Leningradi_Edasi_toimetus, lk 111
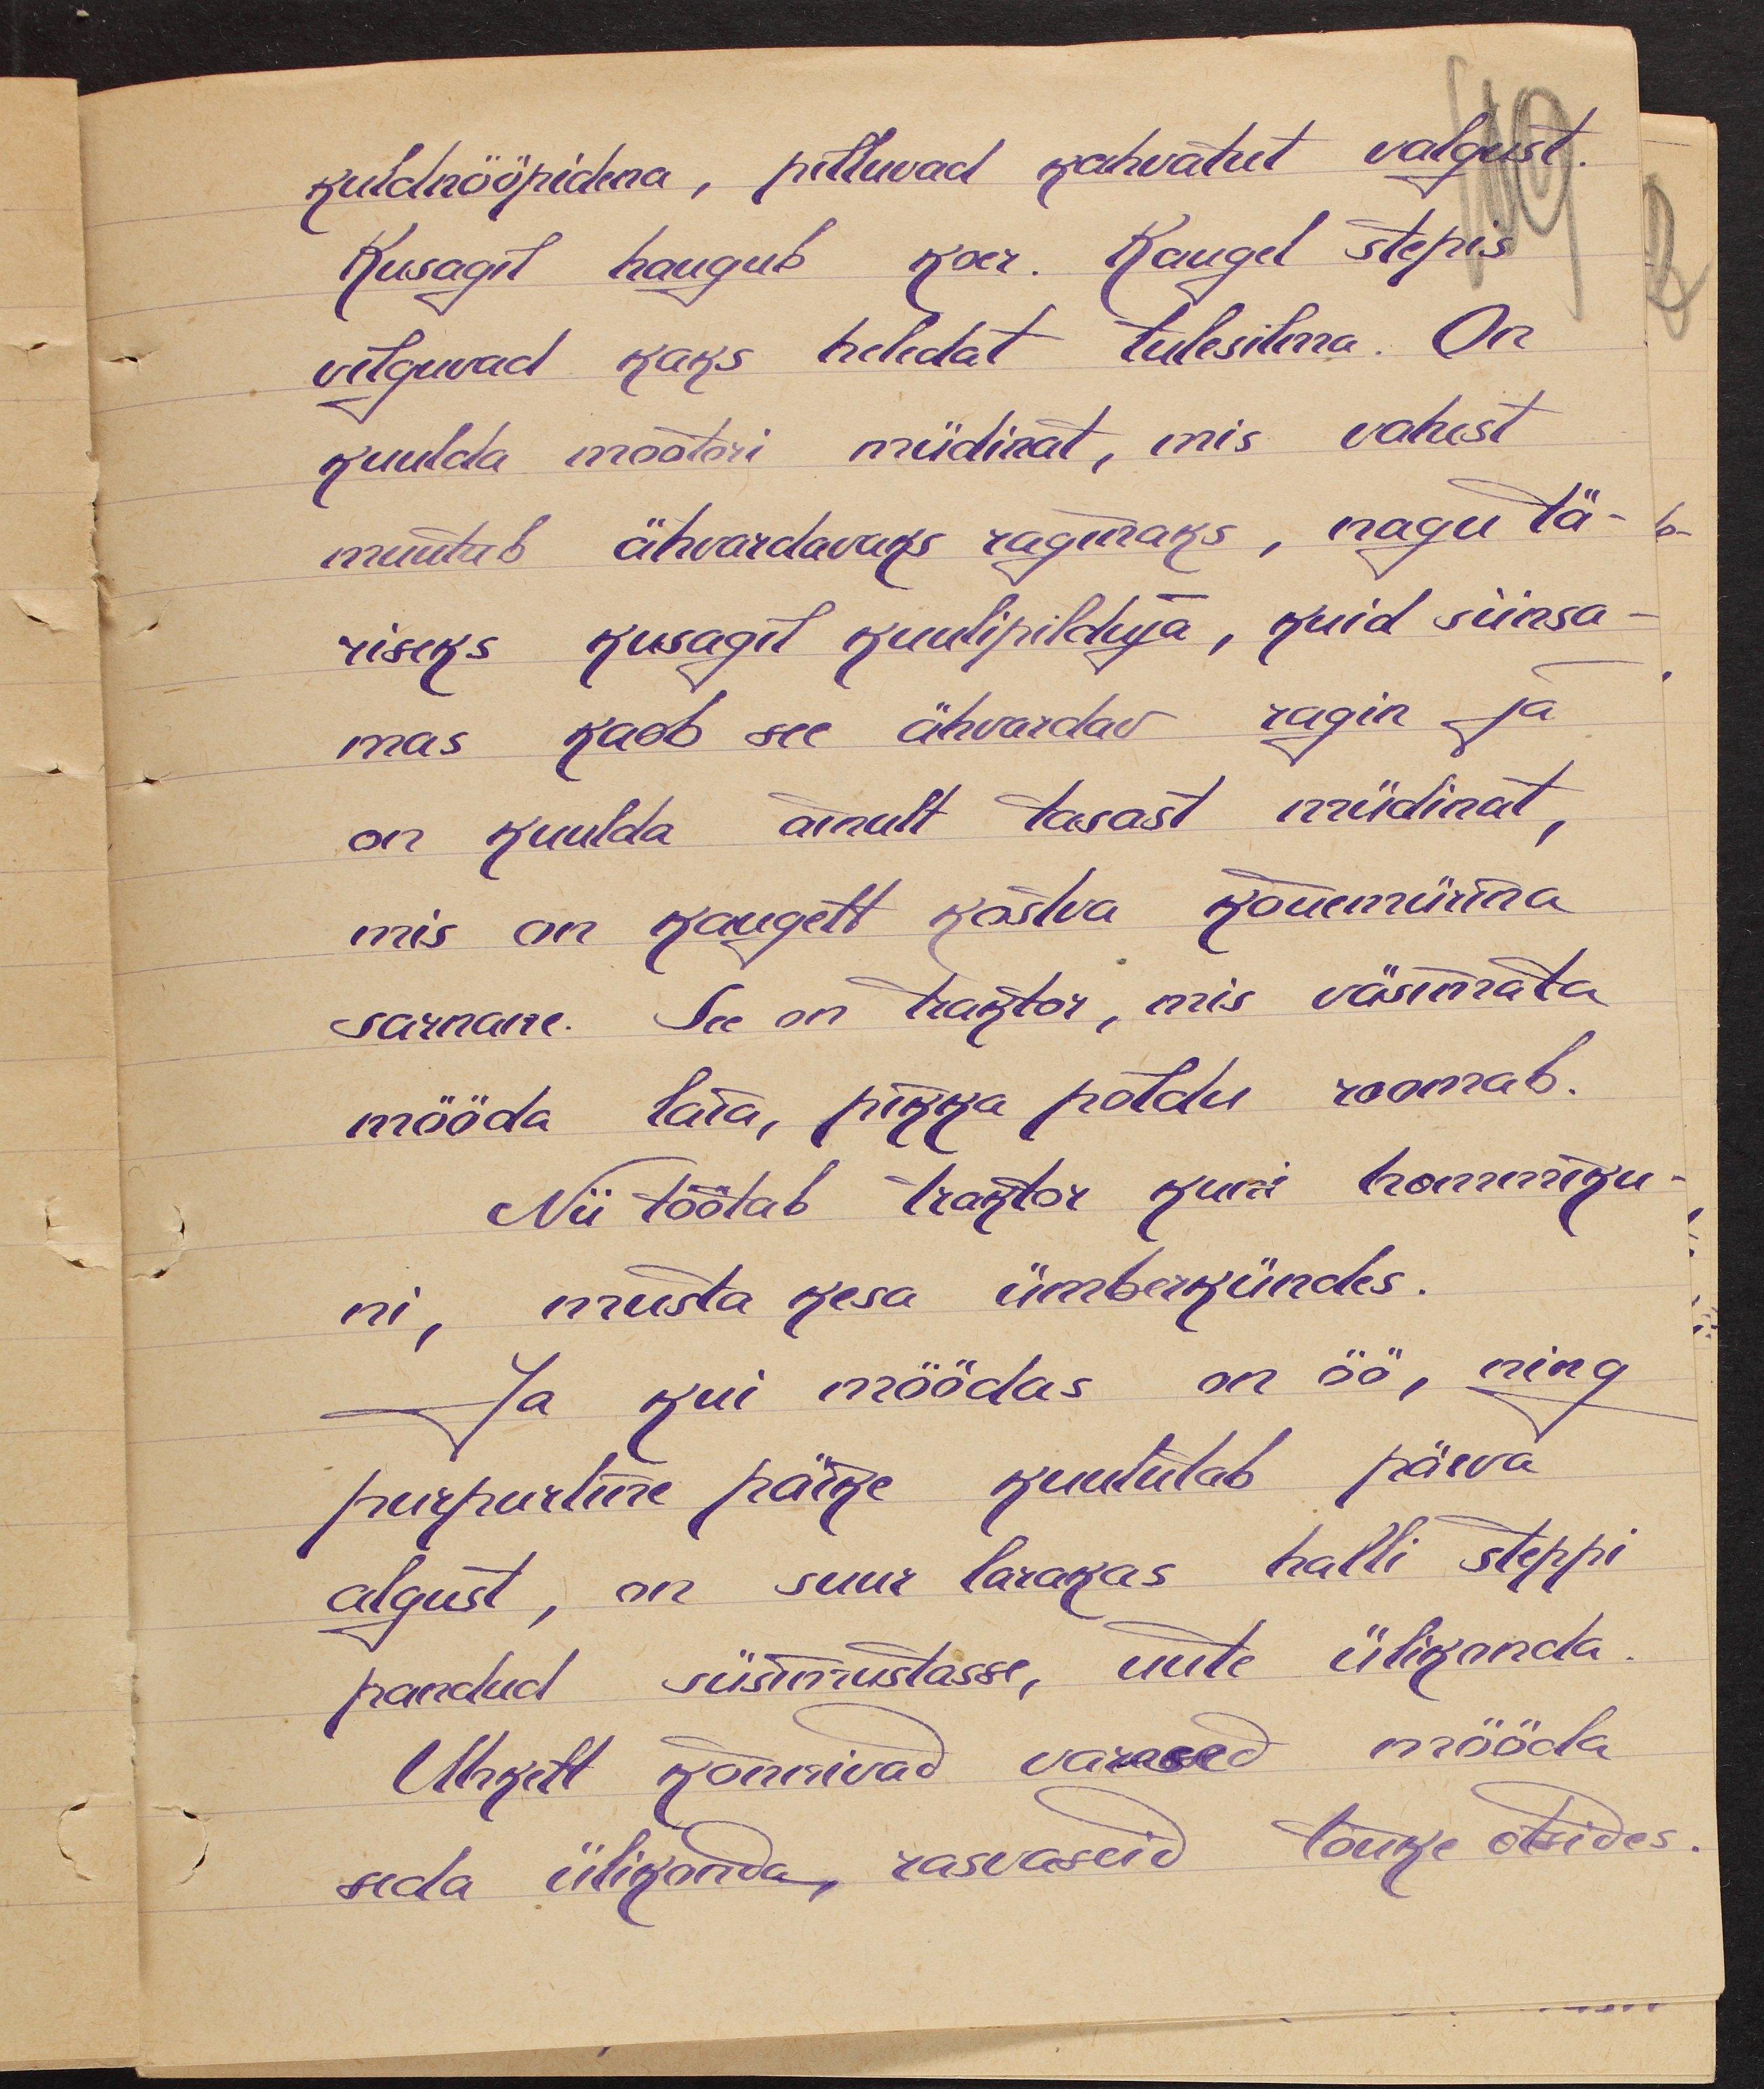
kuldnööpidena, pilluvad kahvatut valgust.
Kusagil haugub koer. Kaugel stepis
vilguvad kaks heledat tulesilema. On
kuulda mootori müdinat, mis vahest
muutub ähvardavaks raginaks, nagu tä-
riseks kusagil kuulipilduja, kuid siinsa-
mas kaob see ähvardav ragin ja
on kuulda ainult tasast müdinat,
mis on kaugelt kostva kõuemürina
sarnane. See on traktor, mis väsimata
mööda laia, pikka põldu roomab.
Nii töötab traktor kuni hommiku-
ni, musta kesa ümberkündes.
Ja kui möödas on öö, ning
purpuriline päike kuulutab päeva
algust, on suur larakas halli steppi
pandud süsimustasse, uute ülikonda
Uhkelt kõnnivad varesed mööda
seda ülikonda, rasvaseid tõuke otsides.